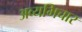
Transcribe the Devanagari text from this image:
अव्यभिचार